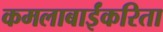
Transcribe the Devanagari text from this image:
कमलाबाईंकरिता